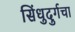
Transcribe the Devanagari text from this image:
सिंधुदुर्गचा